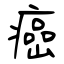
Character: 癌